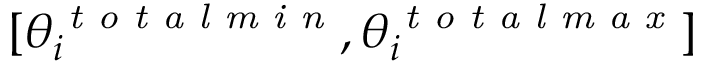
[ \theta _ { i } ^ { \textit { t o t a l m i n } } , \theta _ { i } ^ { \textit { t o t a l m a x } } ]